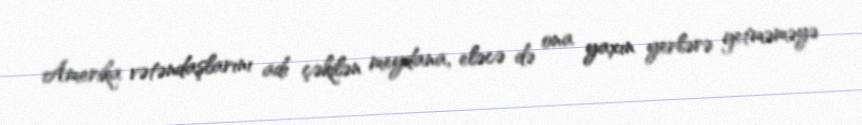
Amerika vətəndaşlarını adı çəkilən meydana, eləcə də ona yaxın yerlərə getməməyə